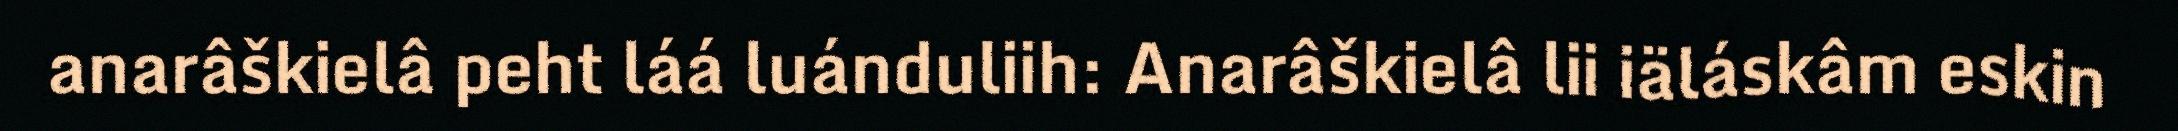
anarâškielâ peht láá luánduliih: Anarâškielâ lii iäláskâm eskin